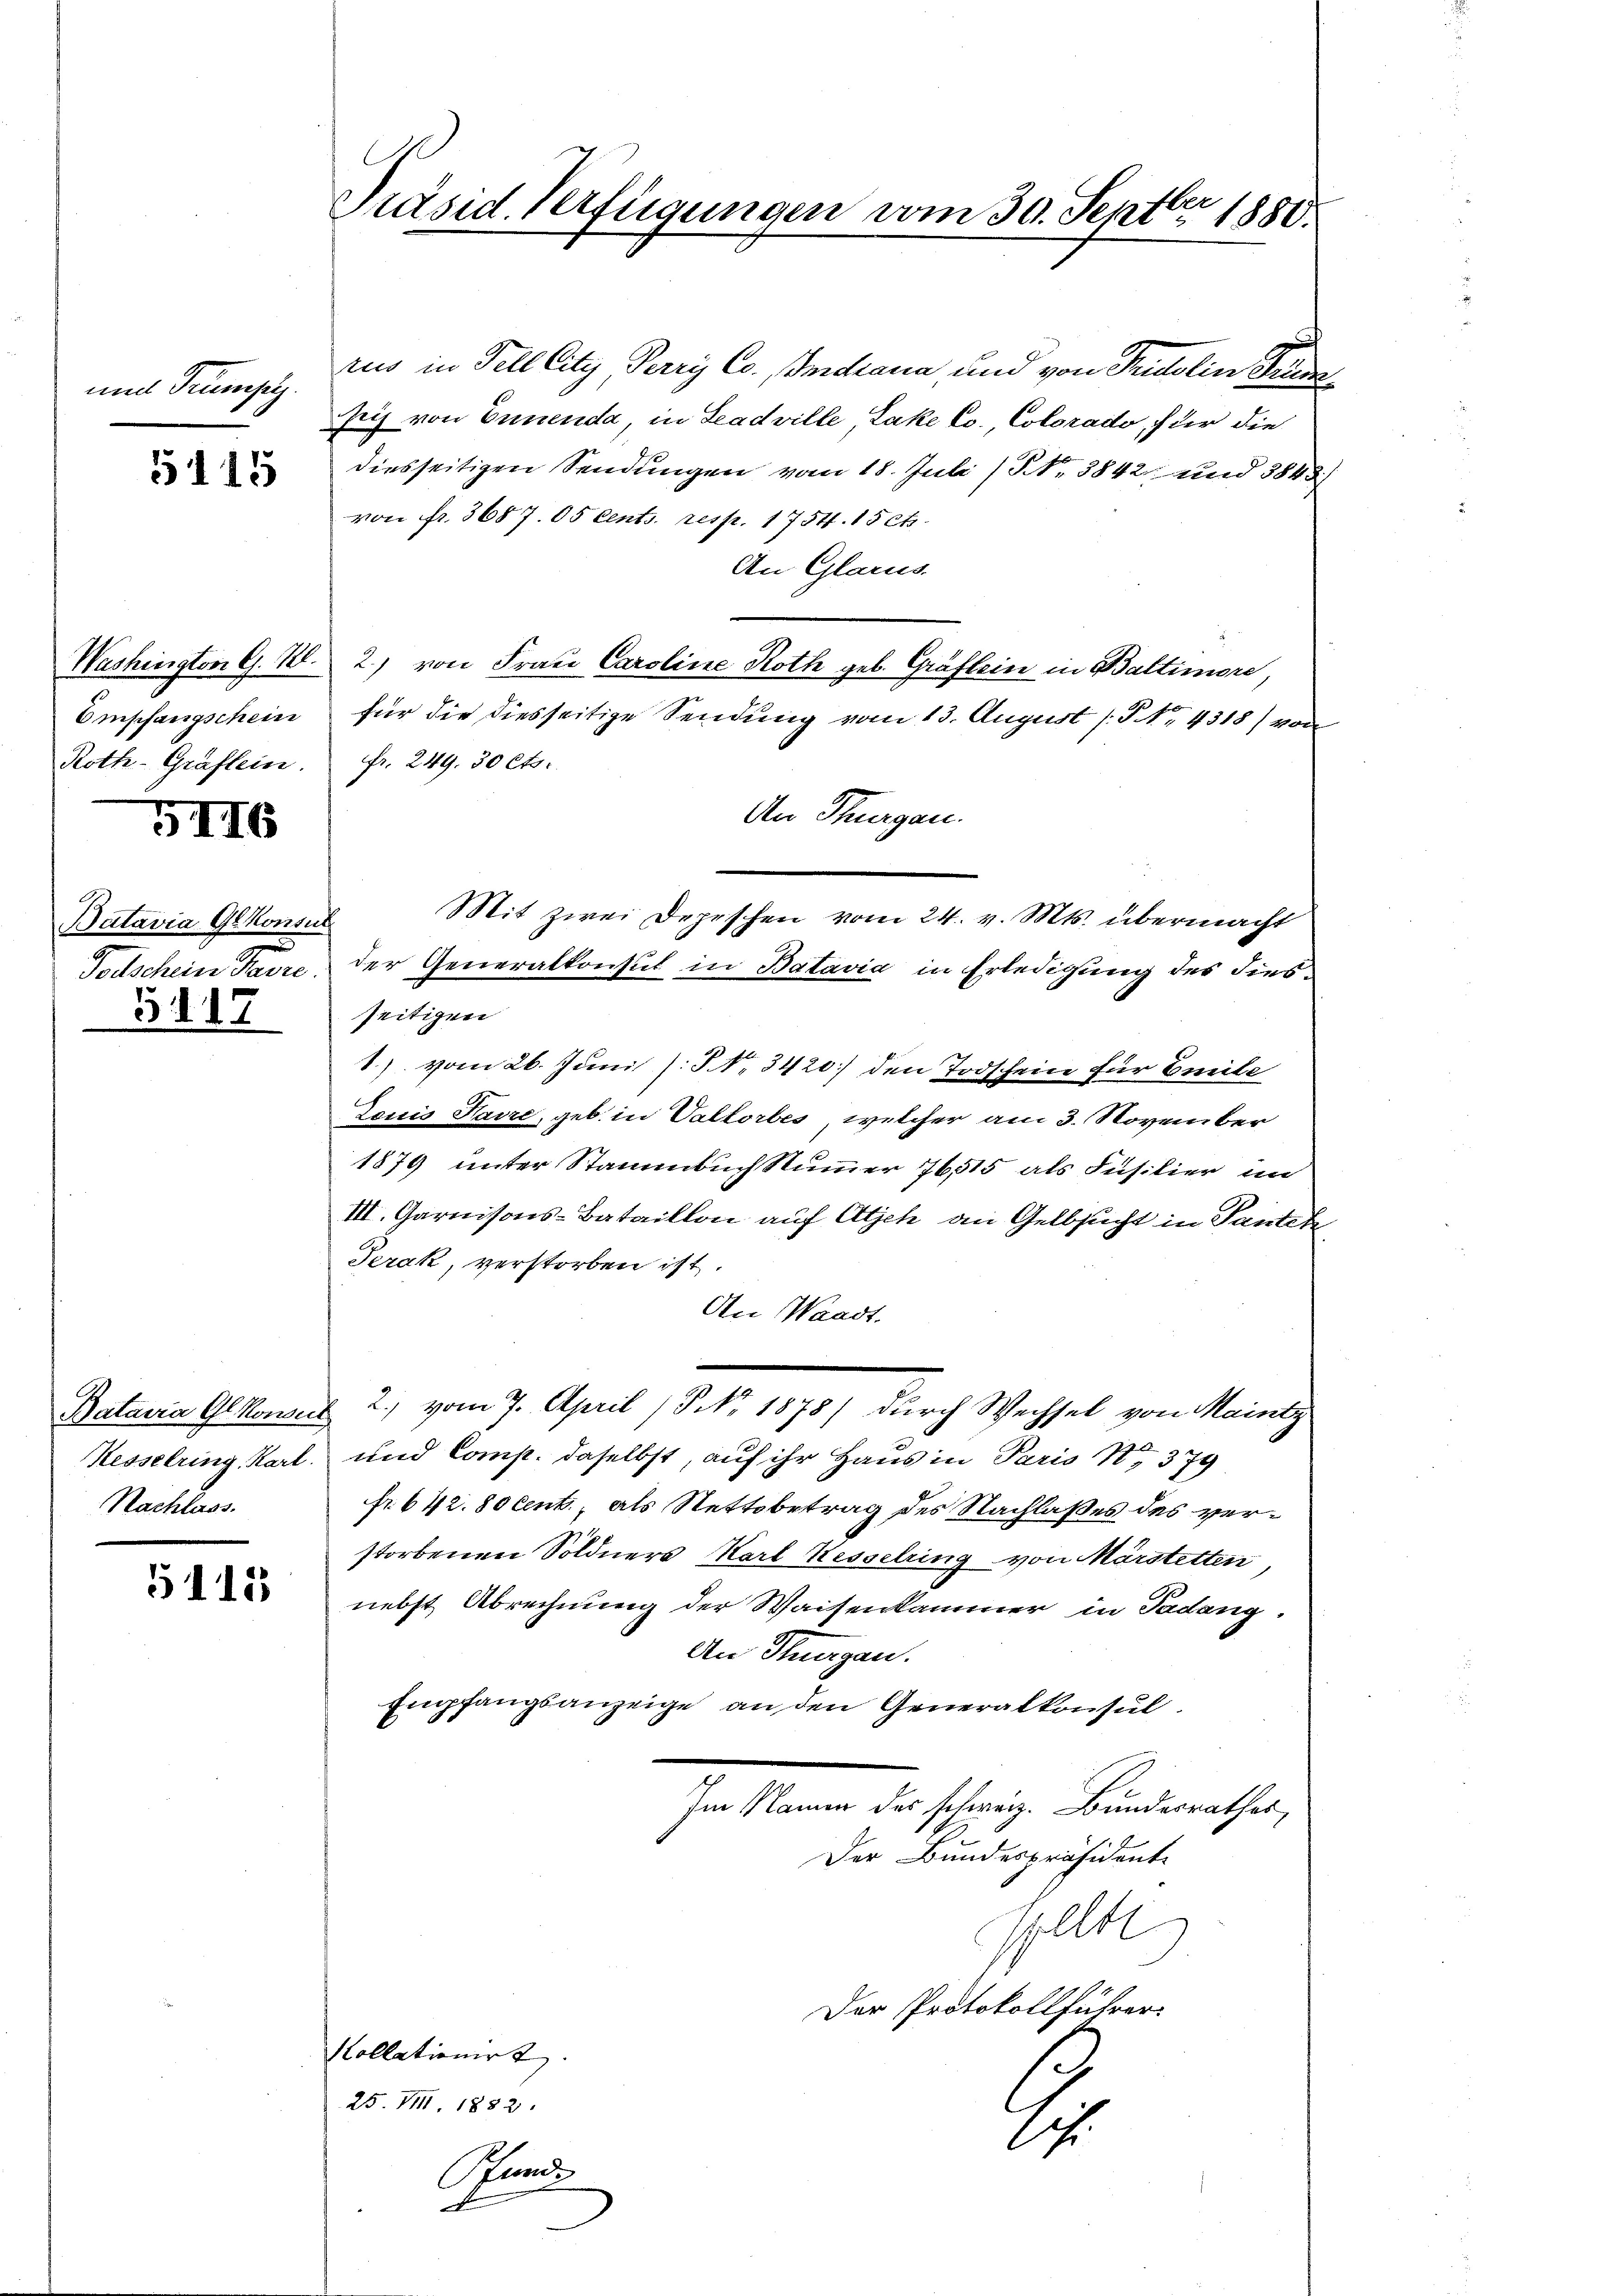
und Trumpe

5115

Washington G. 128.
Empfangschein
Roth-Gräflein.

5116

Batavia Gekonsul
Tolschein Pare

341.

Bataira Gl Konsen
Kesselring, Karl
Nachlass.

5115

Präsid. Verfügungen vom 30. Septbr 1880.

rus in Fell lity Perry Co. Indiana und von Trutolin Kinde
sich von Ennenda, in Leadville, Lake Co. Colorado, für die
diesseitigen Sendungen vom 18. Juli / NNo. 8842 und 3843)
von fr. 3687. 05 Cents. resp. 1754. 15 cts.
An Glarus.
2.) von Frau Caroline Roth geb. Gräflein in Baltimore,
für die diesseitige Sendung vom 13. August (S. 4318) von
fr. 249. 30 Cts.
An Thurgau.
Mit zwei Depeschen vom 24. v. Mts. übermacht
der Generalkonsul in Batavia in Erledigung des Fiesseitigen
1) vom 26. Juni [§ No. 3420) den Todschein für Emile
Louis Haire, geb. in Valtorbes, welcher am 3. November
1879 unter Stammbuch Nummer 76,515 als Füsilier in
III. Garnisons-Bataillon auf Atjeh an Gelbsucht in Tantete
Terak, verstorben ist.
An Waadt.
 2) vom 7. April (P No. 1878) durch Wechsel von Maintz
und Comp. daselbst, auf ihr Haus in Paris S. 379
fr. 642. 80 Cent, als Stettobetrag des Nachlaßes des verstorbenen Söldners Karl Kesselring von Märstetten
nebst Abrechnung der Waisenkammer in Tadeng.
An Thurgau.
Empfangsanzeige an den Generalkonsul
Im Namen des schweiz. Bundesrathes,
Der Bundespräsident
splle
Der Protokollführer:
Kollationirt |
25. VIII. 1882.
1

Pfunde